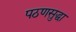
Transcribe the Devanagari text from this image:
पठणसुद्धा